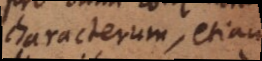
characterum, etiam